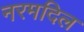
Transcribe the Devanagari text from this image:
नरमदिल